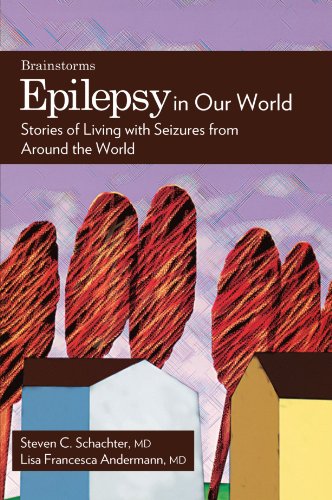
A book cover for Epilepsy in Our World: Stories of Living with Seizures from Around the World (The Brainstorm Series); Lisa Andermann; Health, Fitness & Dieting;